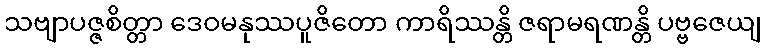
သဗျာပဇ္ဇစိတ္တာ ဒေဝမနုဿပူဇိတော ကာရိဿန္တိ ဇရာမရဏန္တိ ပဗ္ဗဇေယျ